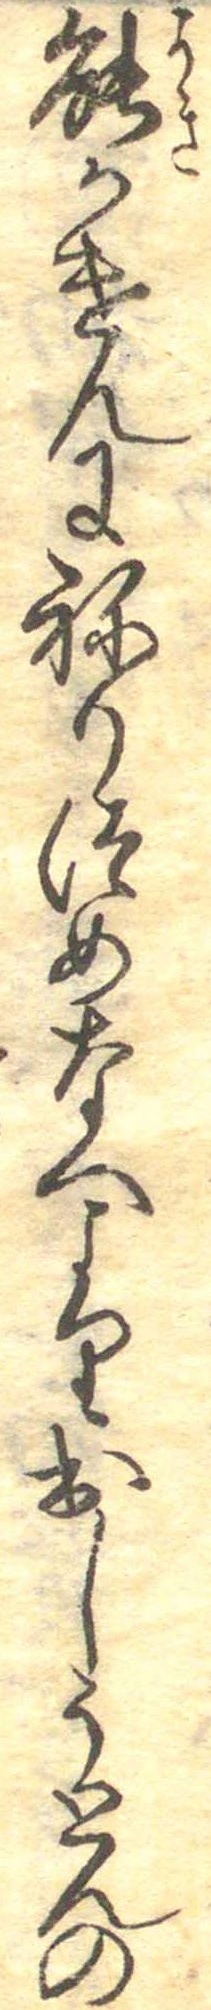
能かけんにねりつめなへより出しうとんの